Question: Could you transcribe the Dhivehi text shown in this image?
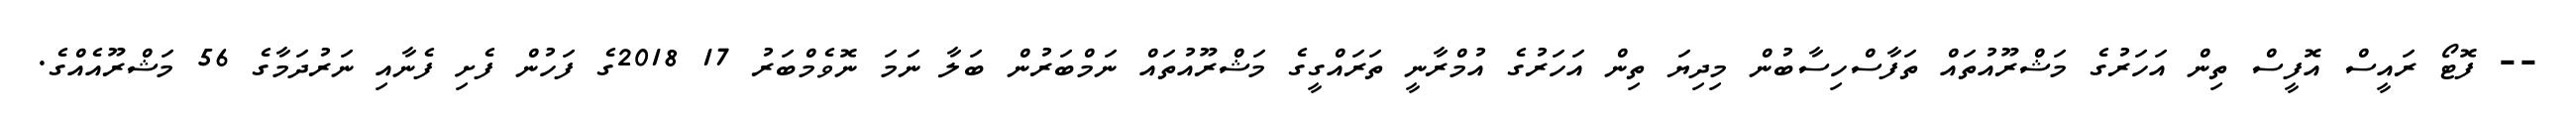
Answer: -- ފޮޓޯ ރައީސް އޮފީސް ތިން އަހަރުގެ މަޝްރޫއުތައް ތަފާސްހިސާބުން މިދިޔަ ތިން އަހަރުގެ އުމްރާނީ ތަރައްގީގެ މަޝްރޫއުތައް ނަމްބަރުން ބަލާ ނަމަ ނޮވެމްބަރު 17 2018ގެ ފަހުން ފެށި ފެނާއި ނަރުދަމާގެ 56 މަޝްރޫއެއްގެ.